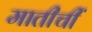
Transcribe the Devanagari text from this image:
मातीचीं